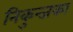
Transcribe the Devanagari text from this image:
निकुन्जका